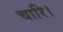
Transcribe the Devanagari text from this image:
चारि।